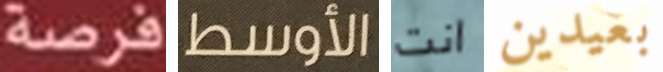
فرصة الأوسط انت بعيدين